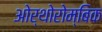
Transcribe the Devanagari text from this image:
ओर्थोरोम्बिक